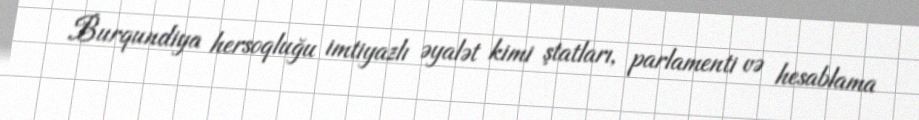
Burqundiya hersoqluğu imtiyazlı əyalət kimi ştatları, parlamenti və hesablama